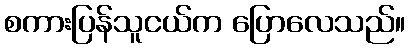
စကားပြန်သူငယ်က ပြောလေသည်။